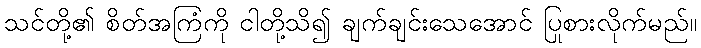
သင်တို့၏ စိတ်အကြံကို ငါတို့သိ၍ ချက်ချင်းသေအောင် ပြုစားလိုက်မည်။